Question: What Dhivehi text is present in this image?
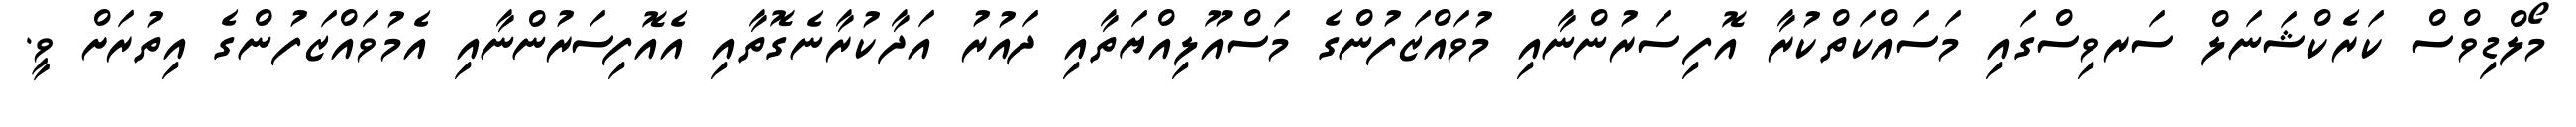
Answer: މޯލްޑިވްސް ކަރެކްޝަނަލް ސަރވިސްގައި މަސައްކަތްކުރާ އޮފިސަރުންނާއި މުވައްޒަފުންގެ މަސްއޫލިއްޔަތާއި ދައުރު އަދާކުރާނެގޮތާއި އެއޮފިސަރުންނާއި އެމުވައްޒަފުންގެ އިތުރަށް ވީ.